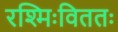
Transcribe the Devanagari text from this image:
रश्मिःविततः